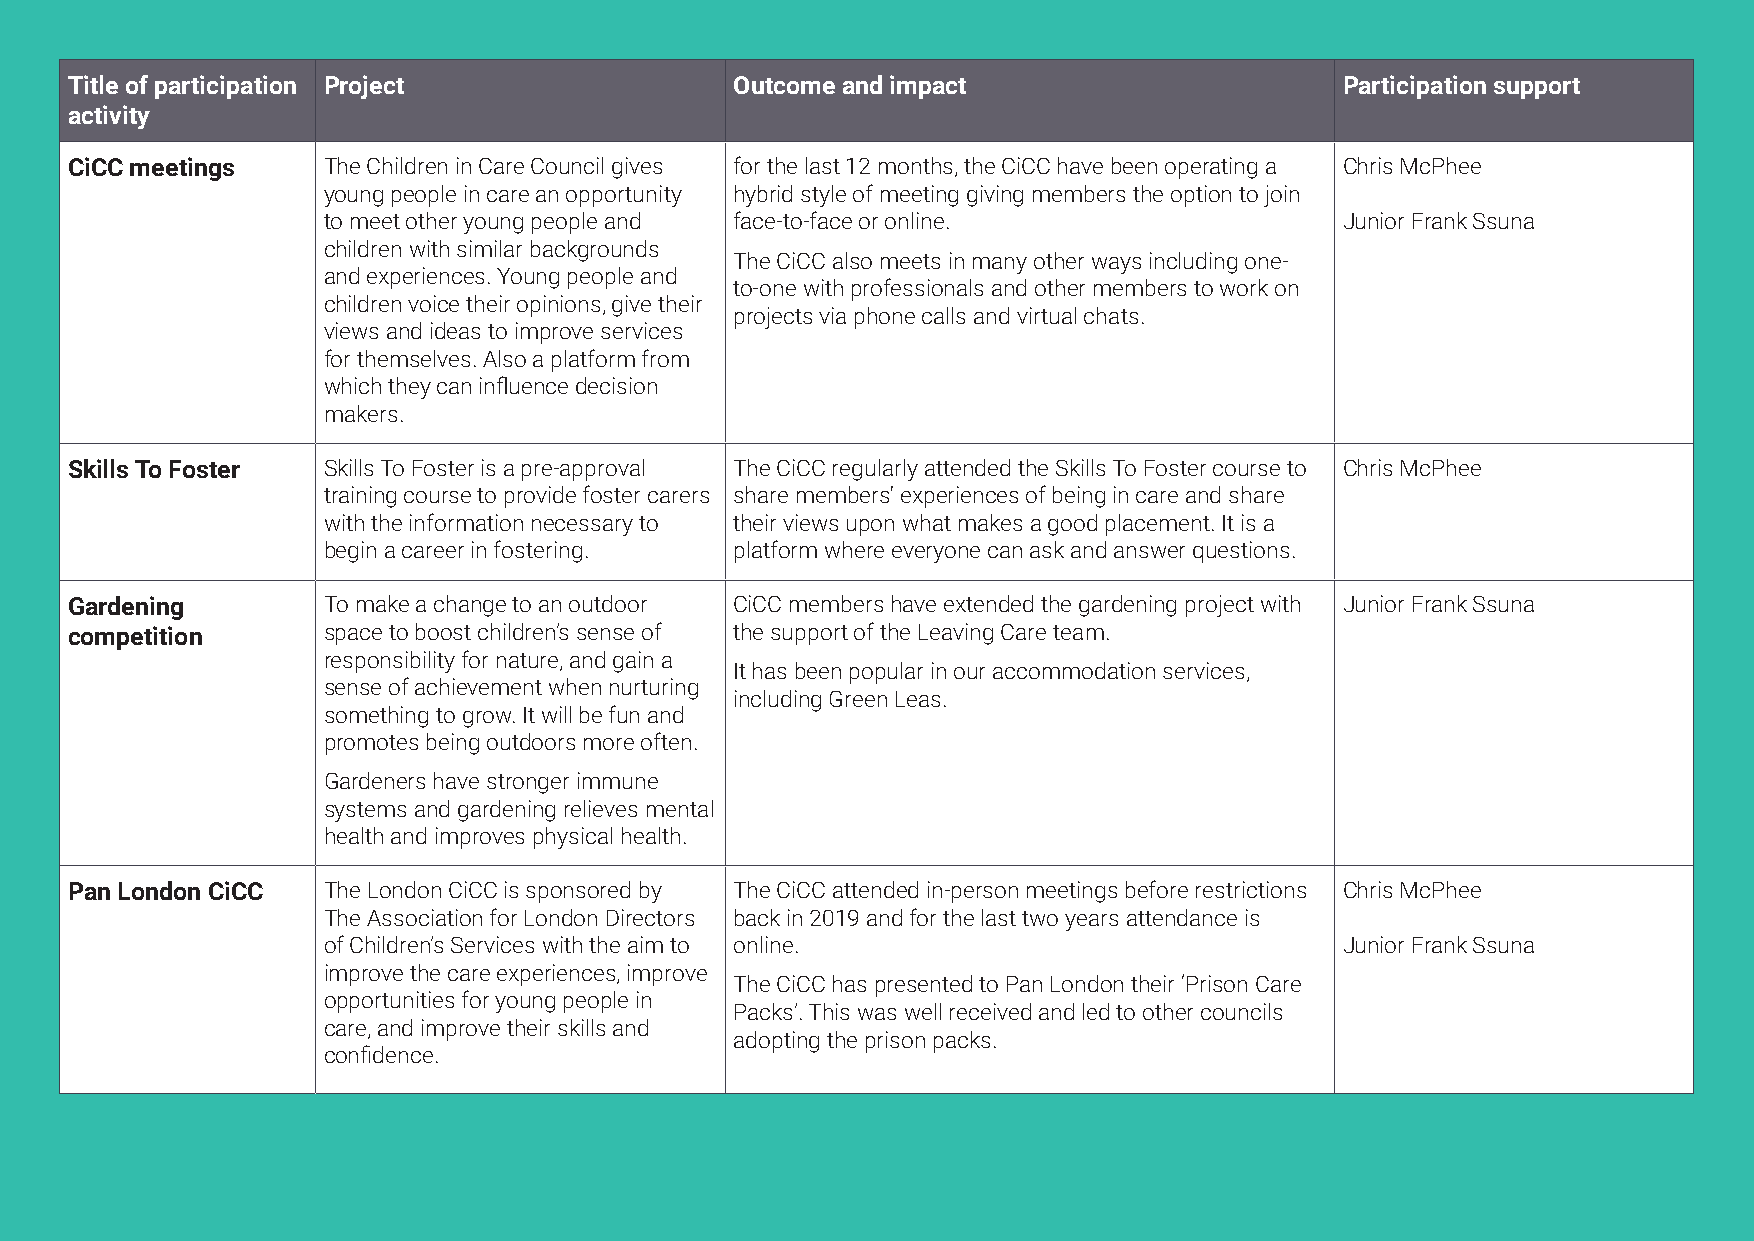
Title of participation Project               Outcome and impact                      Participation support
 activity
 CiCC meetings    The Children in Care Council gives for the last 12 months, the CiCC have been operating a Chris McPhee
 young people in care an opportunity hybrid style of meeting giving members the option to join
 to meet other young people and face-to-face or online.              Junior Frank Ssuna
 children with similar backgrounds
 The CiCC also meets in many other ways including one-
 and experiences. Young people and
 to-one with professionals and other members to work on
 children voice their opinions, give their
 projects via phone calls and virtual chats.
 views and ideas to improve services
 for themselves. Also a platform from
 which they can influence decision
 makers.
 Skills To Foster Skills To Foster is a pre-approval The CiCC regularly attended the Skills To Foster course to Chris McPhee
 training course to provide foster carers share members' experiences of being in care and share
 with the information necessary to their views upon what makes a good placement. It is a
 begin a career in fostering. platform where everyone can ask and answer questions.
 Gardening        To make a change to an outdoor CiCC members have extended the gardening project with Junior Frank Ssuna
 competition      space to boost children’s sense of the support of the Leaving Care team.
 responsibility for nature, and gain a
 It has been popular in our accommodation services,
 sense of achievement when nurturing
 including Green Leas.
 something to grow. It will be fun and
 promotes being outdoors more often.
 Gardeners have stronger immune
 systems and gardening relieves mental
 health and improves physical health.
 Pan London CiCC  The London CiCC is sponsored by The CiCC attended in-person meetings before restrictions Chris McPhee
 The Association for London Directors back in 2019 and for the last two years attendance is
 of Children’s Services with the aim to online.                      Junior Frank Ssuna
 improve the care experiences, improve
 The CiCC has presented to Pan London their ‘Prison Care
 opportunities for young people in
 Packs’. This was well received and led to other councils
 care, and improve their skills and
 adopting the prison packs.
 confidence.